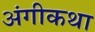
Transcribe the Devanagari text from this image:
अंगीकथा